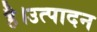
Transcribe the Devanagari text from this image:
है।उत्पादन